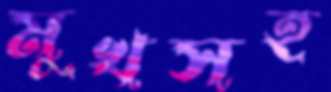
মুখসহ